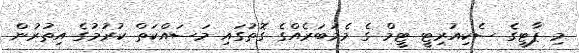
މި ޕާޓީގެ ސެކިއުރިޓީ ޓީމް ގެ މެމަބަރެއްގެ ގޮތުގައި މަސައްކަތް ކުރުމުގެ އިތުރުން